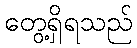
တွေ့ရှိရသည်